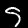
Label: 5